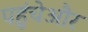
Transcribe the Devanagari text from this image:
पहुंचेऔर